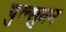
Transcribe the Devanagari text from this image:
पुल्सुवन